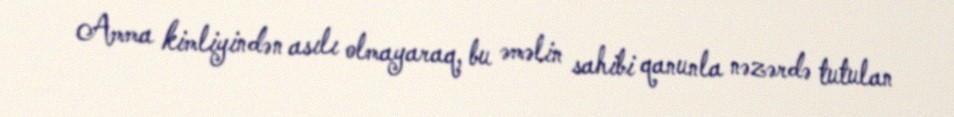
Amma kimliyindən asılı olmayaraq, bu əməlin sahibi qanunla nəzərdə tutulan